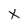
Character: X